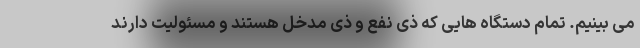
می بینیم. تمام دستگاه هایی که ذی نفع و ذی مدخل هستند و مسئولیت دارند